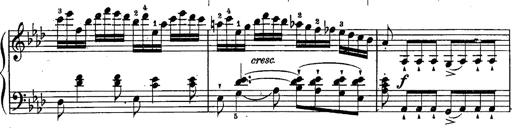
Title: Schubert's Impromptus [revised and edited by Franz Liszt]
Composer: Franz Liszt